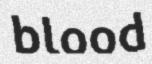
blood